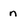
Character: n